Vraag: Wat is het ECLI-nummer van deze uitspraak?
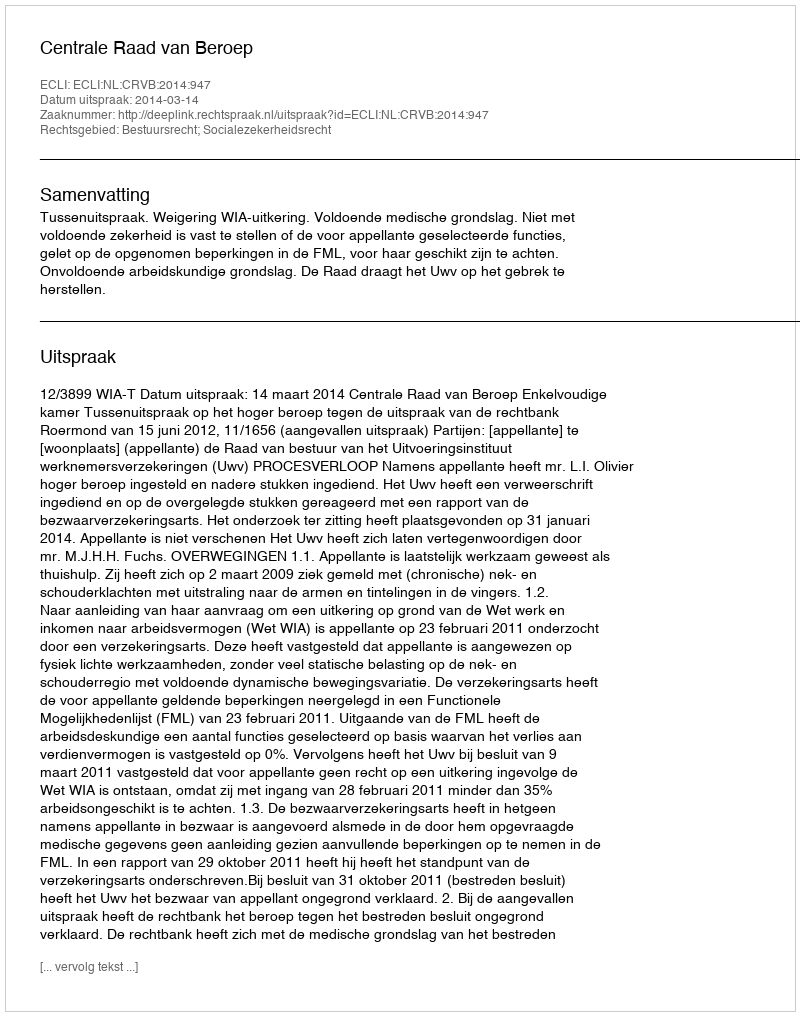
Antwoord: ECLI:NL:CRVB:2014:947